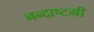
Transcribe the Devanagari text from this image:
नन्दाष्टमी